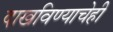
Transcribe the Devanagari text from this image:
दाखविण्याचेही